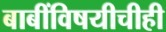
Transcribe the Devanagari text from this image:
बाबींविषयीचीही